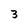
Character: 3